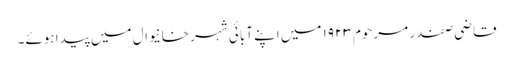
قاضی صفدر مرحوم ۱۹۲۳ میں اپنے آبائی شہر خانیوال میں پیدا ہوئے۔